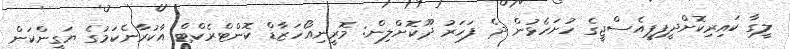
ލީގާ ކައިރިކޮށްދީފިޕީއެސްޖީގެ ހުށަހެޅުން ދެ ފަހަރު ދޫކޮށްލިން: މޮރީނިއޯހަޒާޑް ކޮންޓްރެކްޓް އާކުރާނެކަމުގެ ޔަގީންކަން